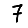
Digit: 7